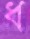
ধ